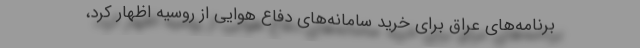
برنامه‌های عراق برای خرید سامانه‌های دفاع هوایی از روسیه اظهار کرد،